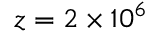
z = 2 \times 1 0 ^ { 6 }